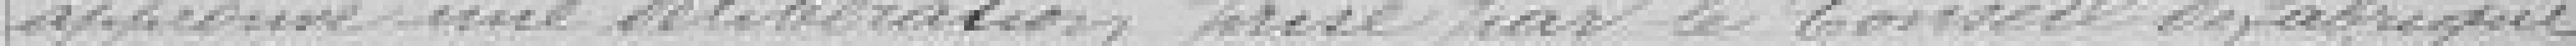
approuve une délibération prise par le Conseil de fabrique